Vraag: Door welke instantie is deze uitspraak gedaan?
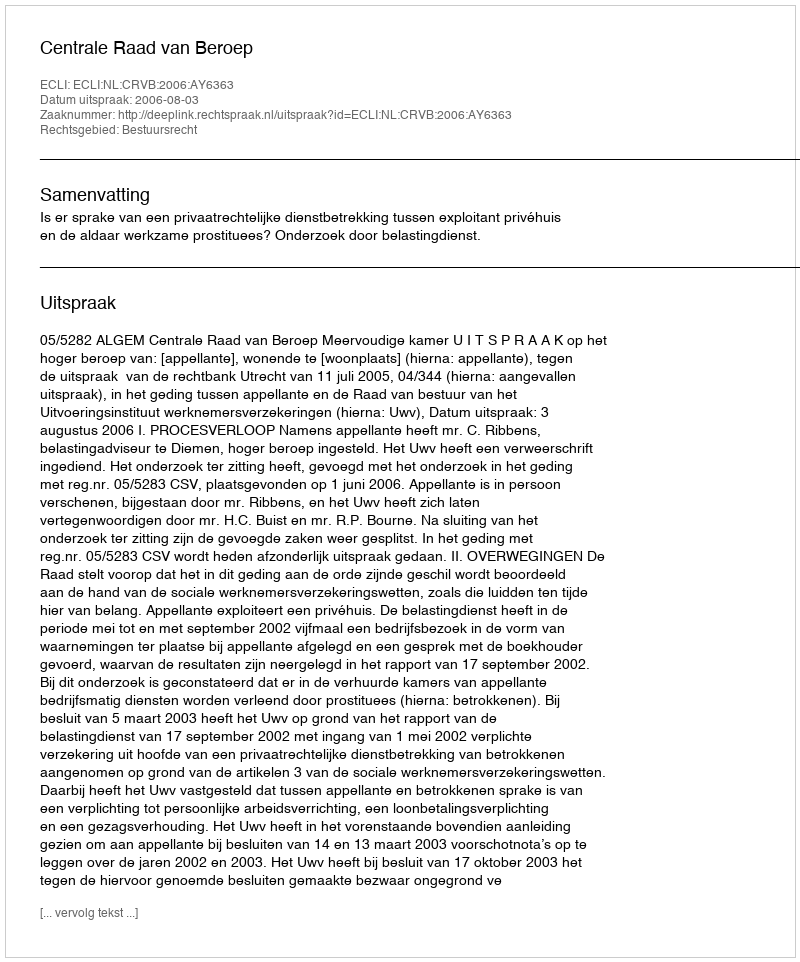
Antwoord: Centrale Raad van Beroep